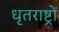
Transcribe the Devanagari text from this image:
धृतराष्ट्रों